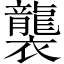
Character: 襲